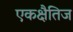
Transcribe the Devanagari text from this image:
एकक्षैतिज